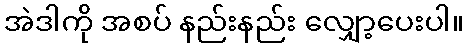
အဲဒါကို အစပ် နည်းနည်း လျှော့ပေးပါ။